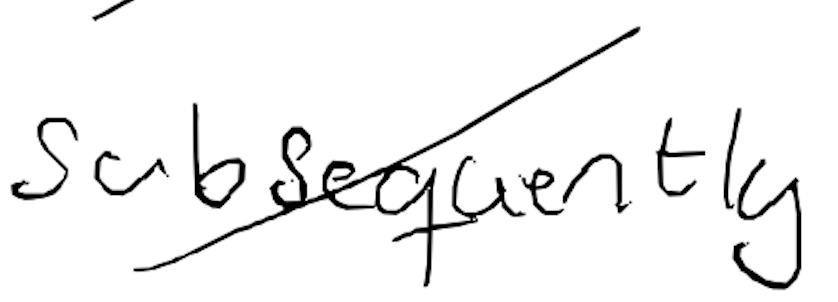
Text: subsequently
Cross-out: diagonal
Writing tool: digital_black